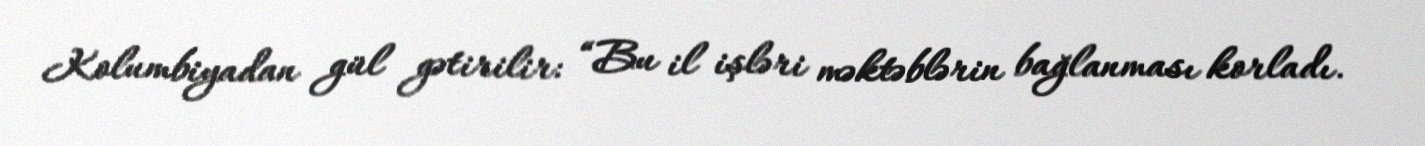
Kolumbiyadan gül gətirilir: “Bu il işləri məktəblərin bağlanması korladı.